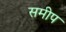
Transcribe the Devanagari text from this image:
समीप